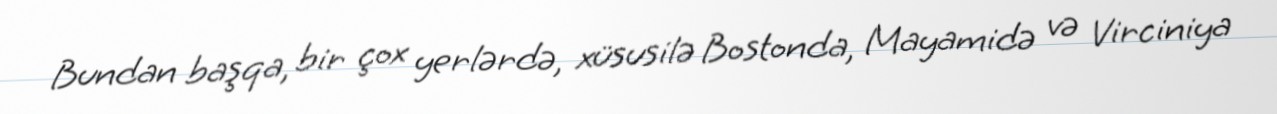
Bundan başqa, bir çox yerlərdə, xüsusilə Bostonda, Mayamidə və Virciniya